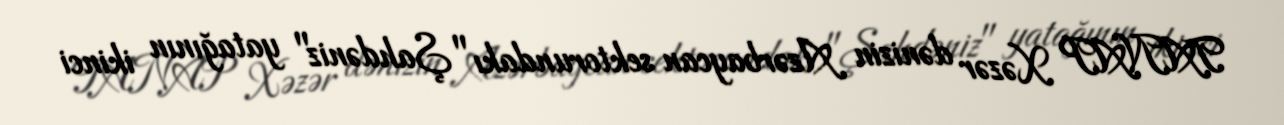
TANAP Xəzər dənizin Azərbaycan sektorundakı "Şahdəniz" yatağının ikinci